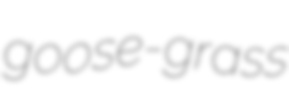
goose-grass